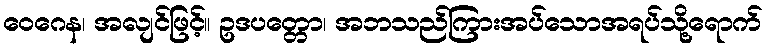
ဝေဂေန၊ အလျင်ဖြင့်။ ဥဒပတ္တော၊ အဘသည်ကြားအပ်သောအရပ်သို့ရောက်